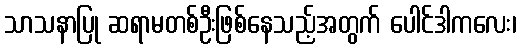
သာသနာပြု ဆရာမတစ်ဦးဖြစ်နေသည့်အတွက် ပေါင်ဒါကလေး၊